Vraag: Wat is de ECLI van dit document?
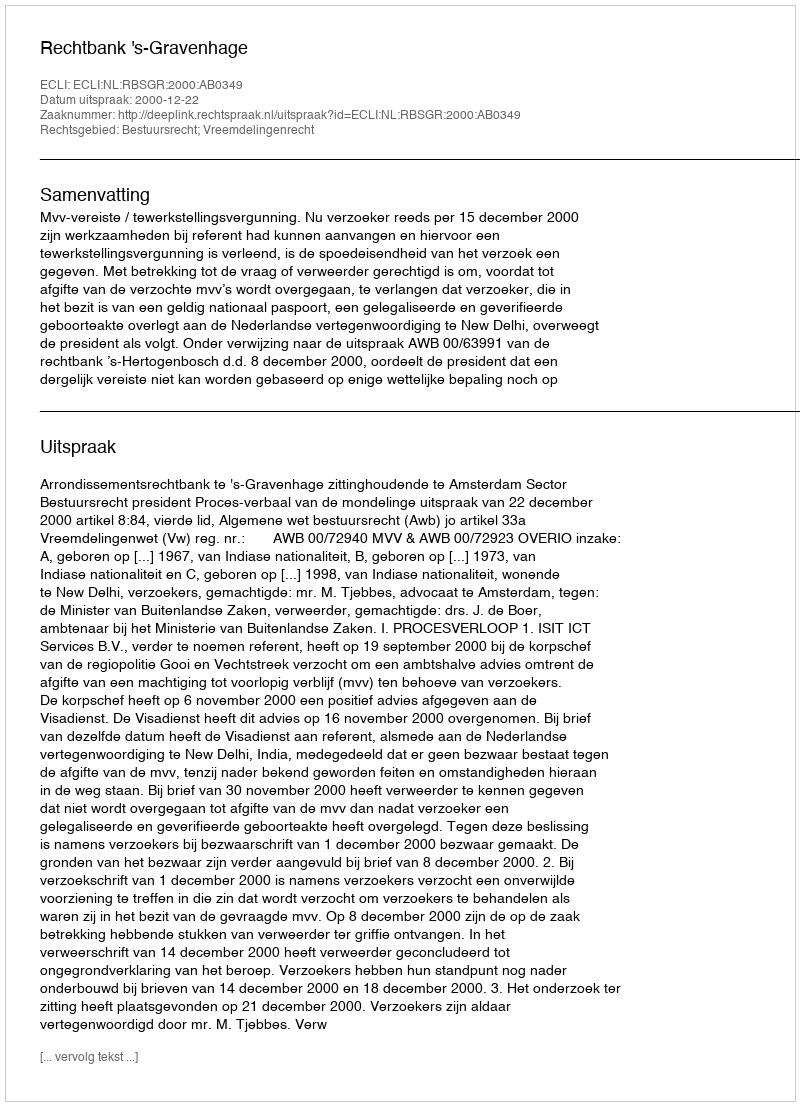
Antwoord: ECLI:NL:RBSGR:2000:AB0349